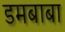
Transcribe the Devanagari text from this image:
डमबाबा